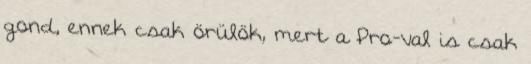
gond, ennek csak örülök, mert a Pro-val is csak